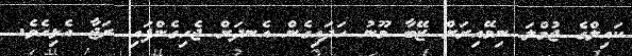
ކައިލްގެ ޖުމްލަ ނިމޭއިރަށް ޒޭބާ މޫނު ހަދައިގެން އެނދަށް ޖެހިގެންފައި ރަޖާ އެޅިއެވެ.